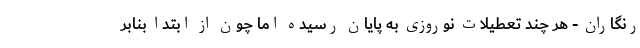
رنگاران - هر چند تعطیلات نوروزی به پایان رسیده اما چون از ابتدا بنا‌بر